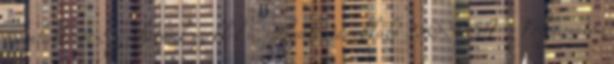
aján­lat­ké­rőt Segíthetünk ezekkel a szolgáltatásokkal? ISO 50001 – Folyamatos